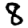
Digit: 8